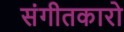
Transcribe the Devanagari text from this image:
संगीतकारो